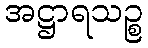
အဋ္ဌာရသဉ္စ